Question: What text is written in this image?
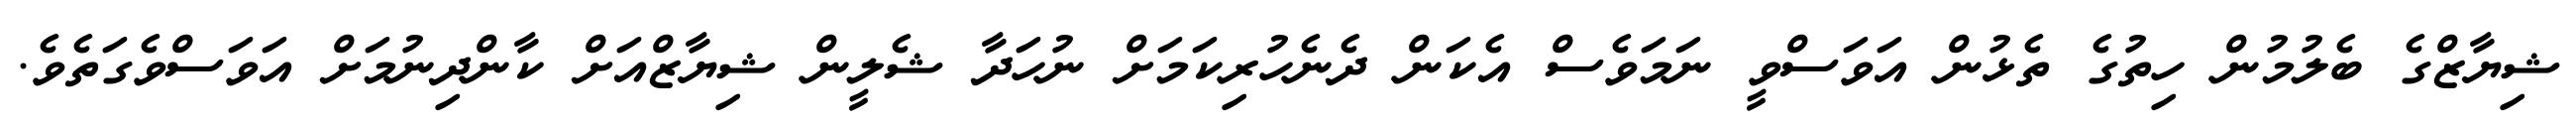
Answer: ޝިޔާޒްގެ ބެލުމުން ހިތުގެ ތެޅުން އަވަސްވީ ނަމަވެސް އެކަން ދެނެހުރިކަމަށް ނުހަދާ ޝެލީން ޝިޔާޒްއަށް ކާންދިނުމަށް އަވަސްވެގަތެވެ.